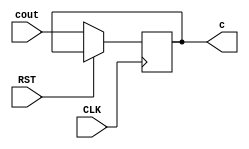
`timescale 1ns / 1ps

module CarryFF (input CLK, RST,
                input cout,
                output reg c);

    always @ (posedge CLK) begin
        if (!RST)
            c <= cout;
    end
                 
endmodule